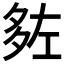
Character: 𡖠